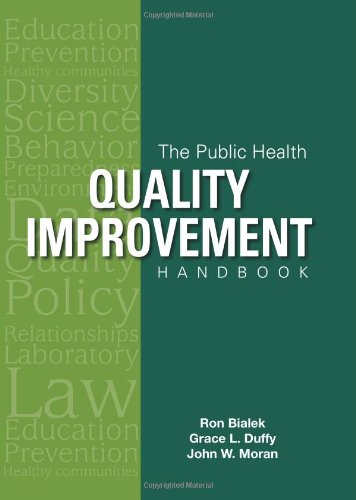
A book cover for The Public Health Quality Improvement Handbook; Ron Bialek; Business & Money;